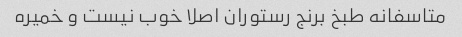
متاسفانه طبخ برنج رستوران اصلا خوب نیست و خمیره